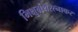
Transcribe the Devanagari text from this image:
भिक्षुग्रंथरत्नाकर